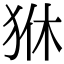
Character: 㹯